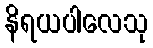
နိရယပါလေသု